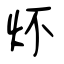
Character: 炋